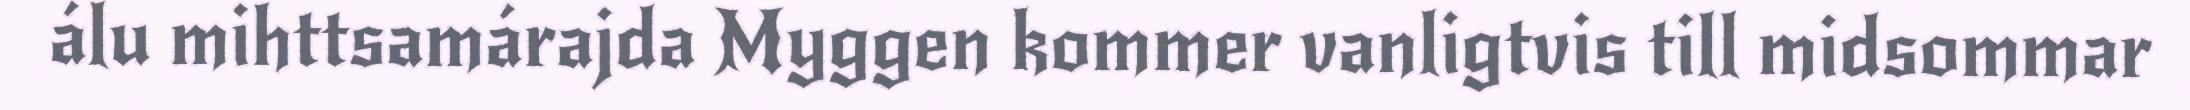
álu mihttsamárajda Myggen kommer vanligtvis till midsommar